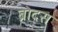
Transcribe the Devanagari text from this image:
ब्रोदस